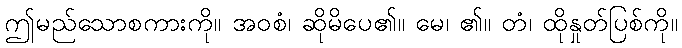
ဤမည်သောစကားကို။ အဝစံ၊ ဆိုမိပေ၏။ မေ၊ ၏။ တံ၊ ထိုနှုတ်ပြစ်ကို။